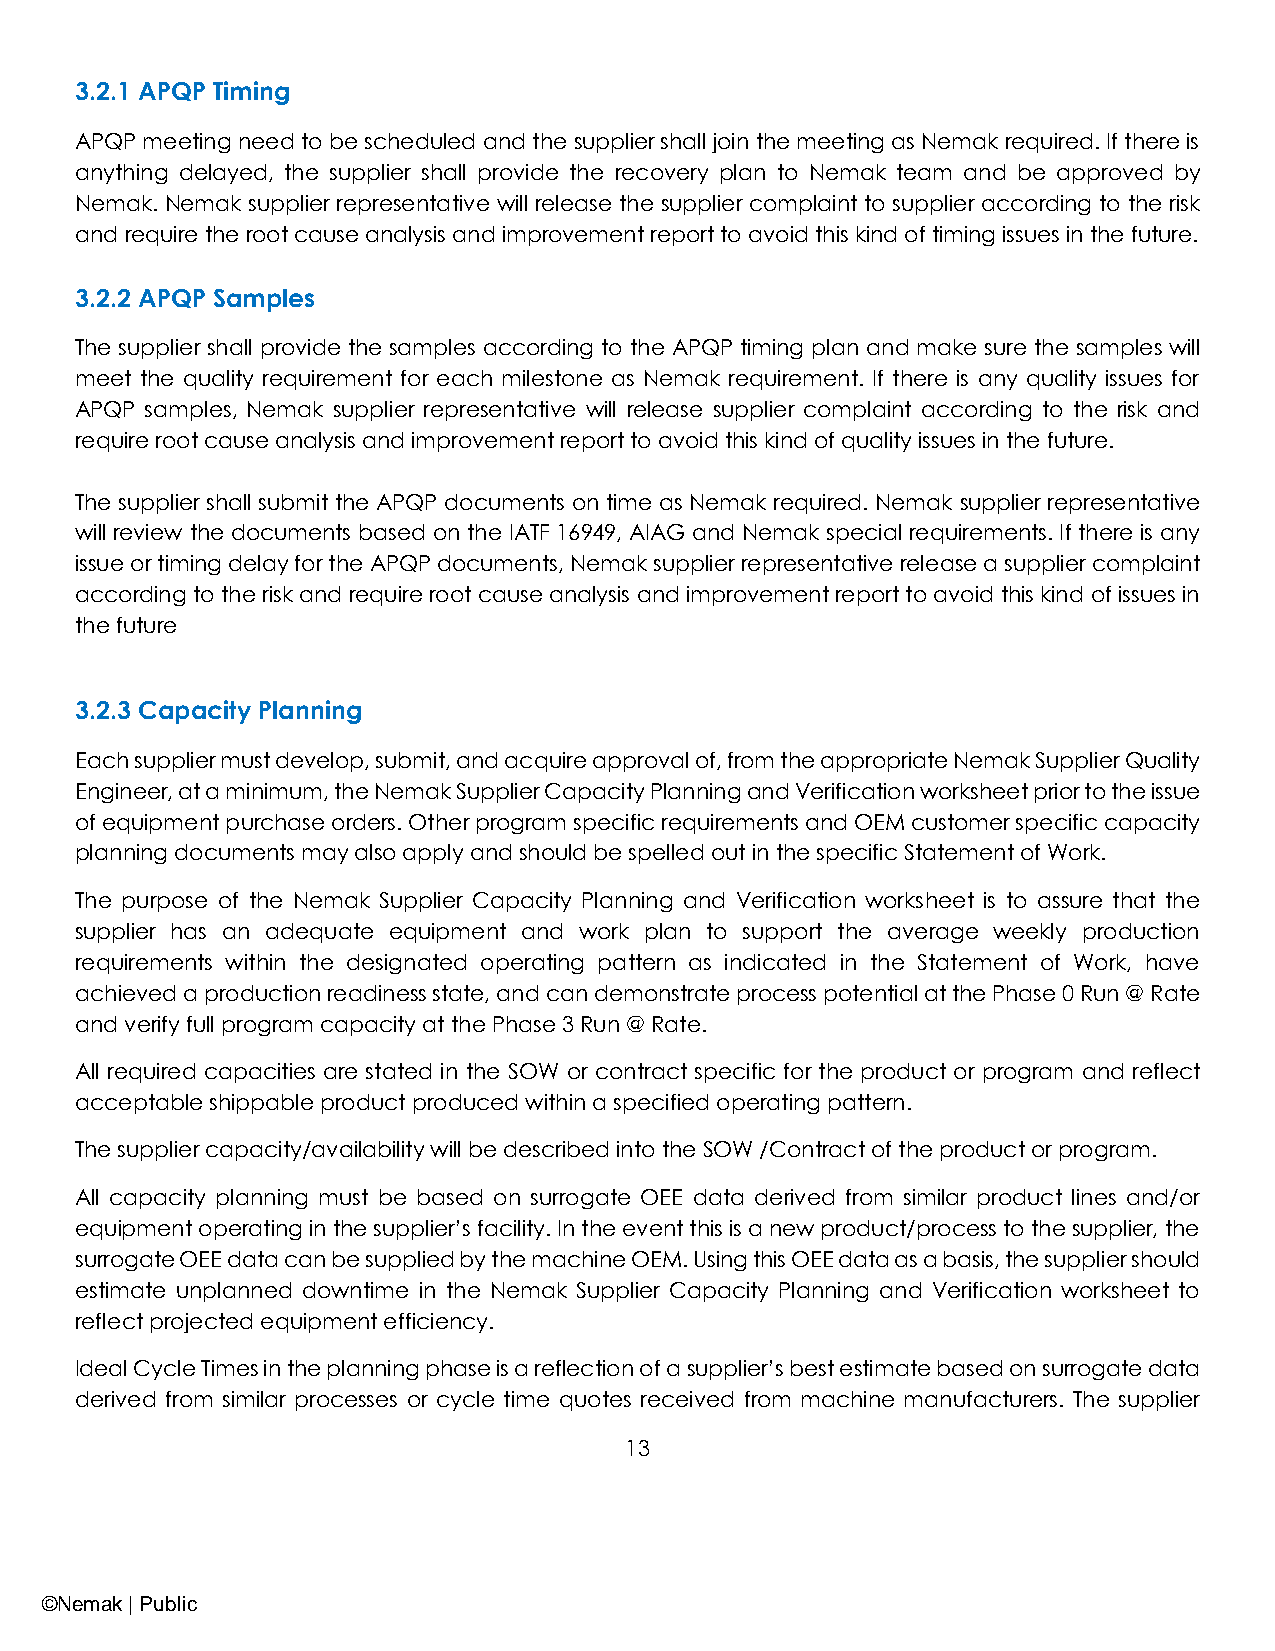
3.2.1 APQP Timing
 APQP meeting need to be scheduled and the supplier shall join the meeting as Nemak required. If there is
 anything delayed, the supplier shall provide the recovery plan to Nemak team and be approved by
 Nemak. Nemak supplier representative will release the supplier complaint to supplier according to the risk
 and require the root cause analysis and improvement report to avoid this kind of timing issues in the future.
 3.2.2 APQP Samples
 The supplier shall provide the samples according to the APQP timing plan and make sure the samples will
 meet the quality requirement for each milestone as Nemak requirement. If there is any quality issues for
 APQP samples, Nemak supplier representative will release supplier complaint according to the risk and
 require root cause analysis and improvement report to avoid this kind of quality issues in the future.
 The supplier shall submit the APQP documents on time as Nemak required. Nemak supplier representative
 will review the documents based on the IATF 16949, AIAG and Nemak special requirements. If there is any
 issue or timing delay for the APQP documents, Nemak supplier representative release a supplier complaint
 according to the risk and require root cause analysis and improvement report to avoid this kind of issues in
 the future
 3.2.3 Capacity Planning
 Each supplier must develop, submit, and acquire approval of, from the appropriate Nemak Supplier Quality
 Engineer, at a minimum, the Nemak Supplier Capacity Planning and Verification worksheet prior to the issue
 of equipment purchase orders. Other program specific requirements and OEM customer specific capacity
 planning documents may also apply and should be spelled out in the specific Statement of Work.
 The purpose of the Nemak Supplier Capacity Planning and Verification worksheet is to assure that the
 supplier has an adequate equipment and work plan to support the average weekly production
 requirements within the designated operating pattern as indicated in the Statement of Work, have
 achieved a production readiness state, and can demonstrate process potential at the Phase 0 Run @ Rate
 and verify full program capacity at the Phase 3 Run @ Rate.
 All required capacities are stated in the SOW or contract specific for the product or program and reflect
 acceptable shippable product produced within a specified operating pattern.
 The supplier capacity/availability will be described into the SOW /Contract of the product or program.
 All capacity planning must be based on surrogate OEE data derived from similar product lines and/or
 equipment operating in the supplier’s facility. In the event this is a new product/process to the supplier, the
 surrogate OEE data can be supplied by the machine OEM. Using this OEE data as a basis, the supplier should
 estimate unplanned downtime in the Nemak Supplier Capacity Planning and Verification worksheet to
 reflect projected equipment efficiency.
 Ideal Cycle Times in the planning phase is a reflection of a supplier’s best estimate based on surrogate data
 derived from similar processes or cycle time quotes received from machine manufacturers. The supplier
 13
 ©Nemak | Public